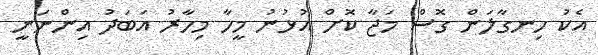
އެކު ހިނގާލަން ގޮސް މަޖާ ކޮށް އުޅުނު މީހާ މިހާރު އަބަދު އިންނަނީ